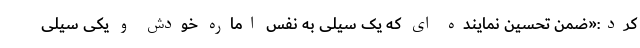
کرد:«ضمن تحسین نماینده ای که یک سیلی به نفس اماره خودش و یکی سیلی